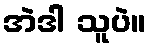
အဲဒါ သူပဲ။